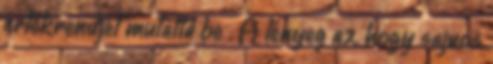
értékrendjét mutatta be . A lényeg az, hogy sajnos